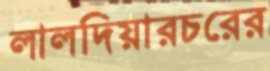
লালদিয়ারচরের